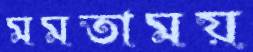
মমতাময়